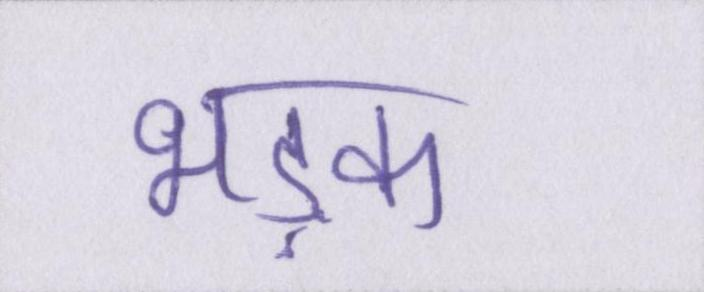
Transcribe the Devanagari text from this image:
भड़क